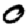
Digit: 0